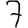
Digit: 7